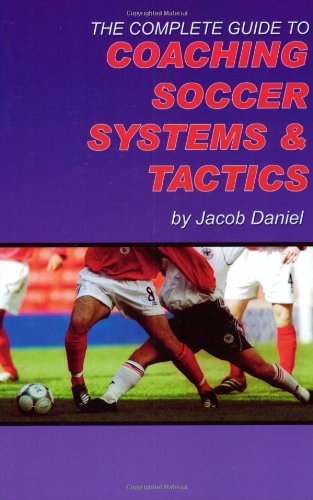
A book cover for The Complete Guide to Coaching Soccer Systems and Tactics; Jacob Daniel; Sports & Outdoors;